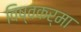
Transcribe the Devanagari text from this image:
विष्वकर्मा